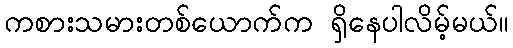
ကစားသမားတစ်ယောက်က ရှိနေပါလိမ့်မယ်။